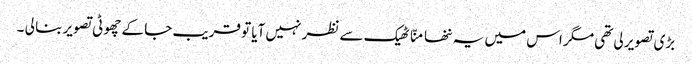
بڑی تصویر لی تھی مگر اس میں یہ ننھا منّا ٹھیک سے نظر نہیں آیا تو قریب جا کے چھوٹی تصویر بنا لی ۔